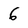
Character: 6